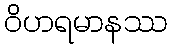
ဝိဟရမာနဿ